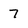
Character: 7